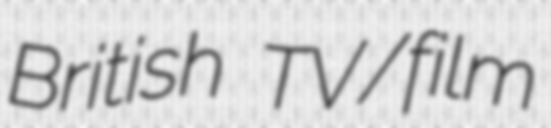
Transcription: British TV/film